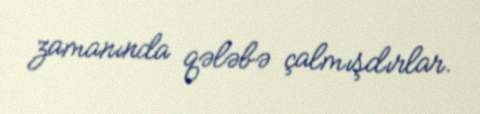
zamanında qələbə çalmışdırlar.